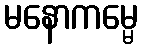
မနောကမ္မေ